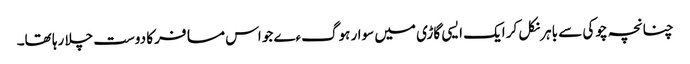
چنانچہ چوکی سے باہر نکل کر ایک ایسی گاڑی میں سوار ہوگءے جو اس مسافر کا دوست چلا رہا تھا۔